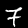
Digit: 7